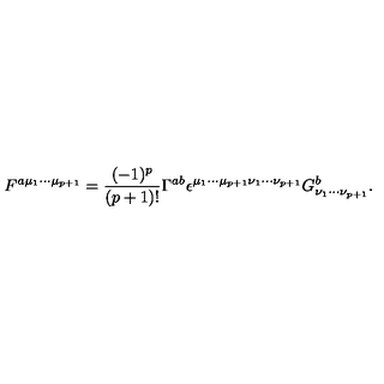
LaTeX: F ^ { a { \mu } _ { 1 } { \cdots } { \mu } _ { p + 1 } } = \frac { ( - 1 ) ^ { p } } { ( p + 1 ) ! } { \Gamma } ^ { a b } { \epsilon } ^ { { \mu } _ { 1 } { \cdots } { \mu } _ { p + 1 } { \nu } _ { 1 } { \cdots } { \nu } _ { p + 1 } } G _ { { \nu } _ { 1 } { \cdots } { \nu } _ { p + 1 } } ^ { b } .